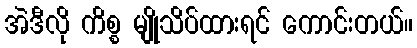
အဲဒီလို ကိစ္စ မျိုသိပ်ထားရင် ကောင်းတယ်။